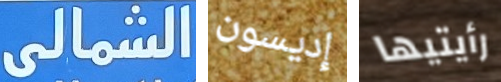
الشمالى إديسون رأيتيها